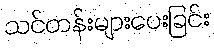
သင်တန်းများပေးခြင်း